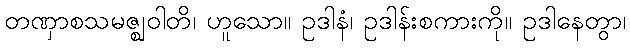
တဏှာစသမဇ္ဈဝါတိ၊ ဟူသော။ ဥဒါနံ၊ ဥဒါန်းစကားကို။ ဥဒါနေတွာ၊